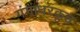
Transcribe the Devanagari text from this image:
गंगाधरकृत